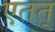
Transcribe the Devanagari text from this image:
एतत्‌